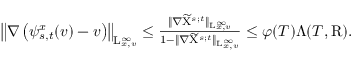
\begin{array} { r } { \left\Vert \nabla \left( \psi _ { s , t } ^ { x } ( v ) - v \right) \right\Vert _ { \mathrm { L } _ { x , v } ^ { \infty } } \leq \frac { \Vert \nabla \widetilde { \mathrm { X } } ^ { s ; t } \Vert _ { \mathrm { L } _ { x , v } ^ { \infty } } } { 1 - \Vert \nabla \widetilde { \mathrm { X } } ^ { s ; t } \Vert _ { \mathrm { L } _ { x , v } ^ { \infty } } } \leq \varphi ( T ) \Lambda ( T , \mathrm { R } ) . } \end{array}